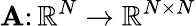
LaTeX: \mathbf{A}\colon\mathbb{R}^{N}\to\mathbb{R}^{N\times N}